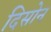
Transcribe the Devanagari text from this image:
दिसोन